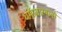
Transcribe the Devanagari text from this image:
धर्मप्रसारवादी